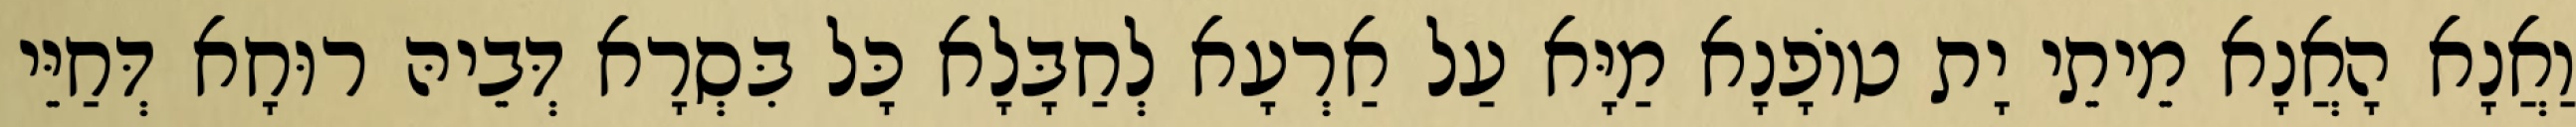
וַאֲנָא הָאֲנָא מֵיתֵי יָת טוֹפָנָא מַיָּא עַל אַרְעָא לְחַבָּלָא כָּל בִּסְרָא דְּבֵיהּ רוּחָא דְּחַיֵּי